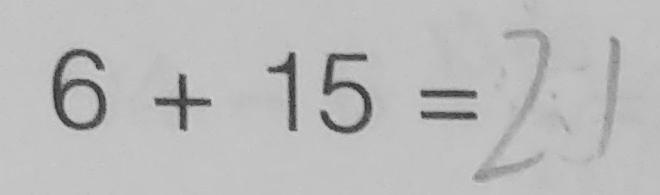
6 + 1 5 = 2 1